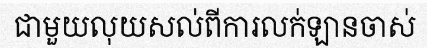
ជាមួយលុយសល់ពីការលក់ឡានចាស់